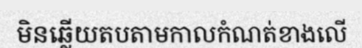
មិនឆ្លើយតបតាមកាលកំណត់ខាងលើ